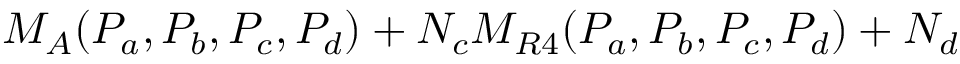
M _ { A } ( P _ { a } , P _ { b } , P _ { c } , P _ { d } ) + N _ { c } M _ { R 4 } ( P _ { a } , P _ { b } , P _ { c } , P _ { d } ) + N _ { d }